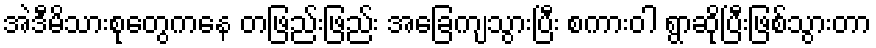
အဲဒီမိသားစုတွေကနေ တဖြည်းဖြည်း အခြေကျသွားပြီး စကားဝါ ရွာဆိုပြီးဖြစ်သွားတာ